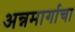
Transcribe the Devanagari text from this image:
अन्नमार्गाचा